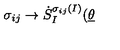
\sigma _ { i j } \rightarrow \dot { S } _ { I } ^ { \sigma _ { i j } ( I ) } ( \underline { { \theta } }